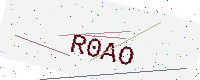
Text: R0AO